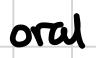
Text: oral
Cross-out: clean
Writing tool: digital_black